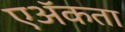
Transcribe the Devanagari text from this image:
एॲकता